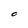
Character: O